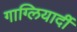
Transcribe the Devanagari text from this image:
गाग्लियार्दी